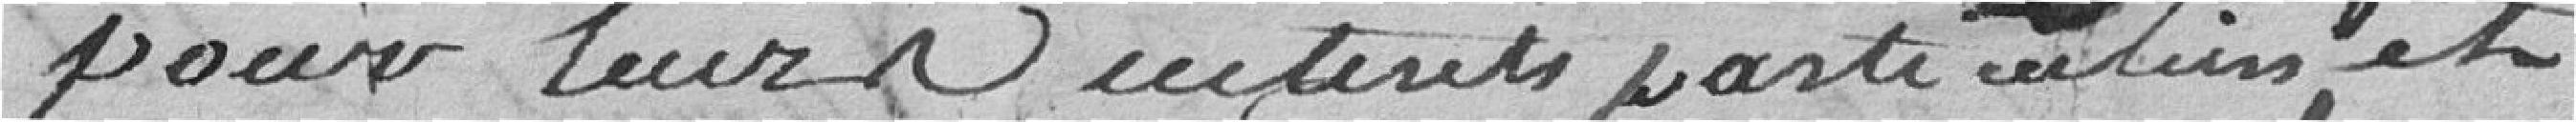
pour leurs intérêts particuliers et